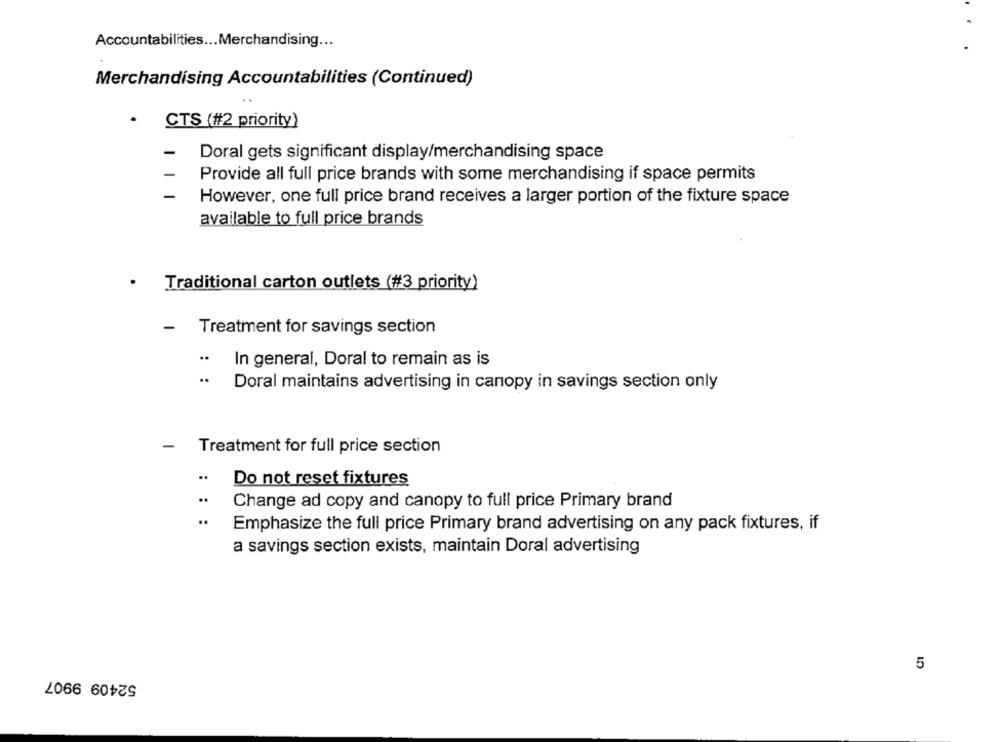
Accountabilities ... Merchandising ...
Merchandising Accountabilities (Continued)
.
CTS (#2 priority)
-
Doral gets significant display/merchandising space
-
Provide all full price brands with some merchandising if space permits
-
However, one full price brand receives a larger portion of the fixture space
available to full price brands
Traditional carton outlets (#3 priority)
- Treatment for savings section
..
In general, Doral to remain as is
..
Doral maintains advertising in canopy in savings section only
-
Treatment for full price section
..
Do not reset fixtures
..
Change ad copy and canopy to full price Primary brand
..
Emphasize the full price Primary brand advertising on any pack fixtures, if
a savings section exists, maintain Doral advertising
5
52409 9907